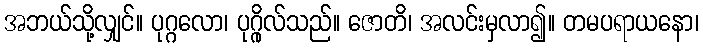
အဘယ်သို့လျှင်။ ပုဂ္ဂလော၊ ပုဂ္ဂိုလ်သည်။ ဇောတိ၊ အလင်းမှလာ၍။ တမပရာယနော၊